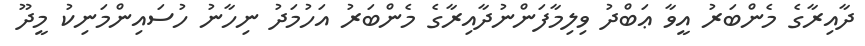
ދާއިރާގެ މެންބަރު އީވާ ޢަބްދު ވިލިމާފަންނުދާއިރާގެ މެންބަރު އަހުމަދު ނިހާނު ހުސައިންމަނިކު މީދޫ